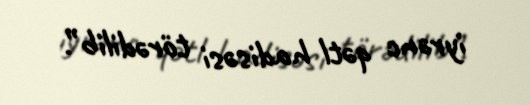
iyrənc qətl hadisəsi törədilib”.